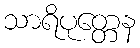
သာရိပုတ္တေန